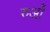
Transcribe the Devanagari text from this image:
रुआँ